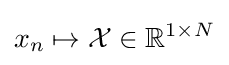
x_{n}\mapsto {\mathcal {X}}\in \mathbb {R} ^{1\times N}